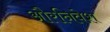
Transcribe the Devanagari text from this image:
औरनिवेश